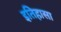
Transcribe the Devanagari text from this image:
इतिहासा